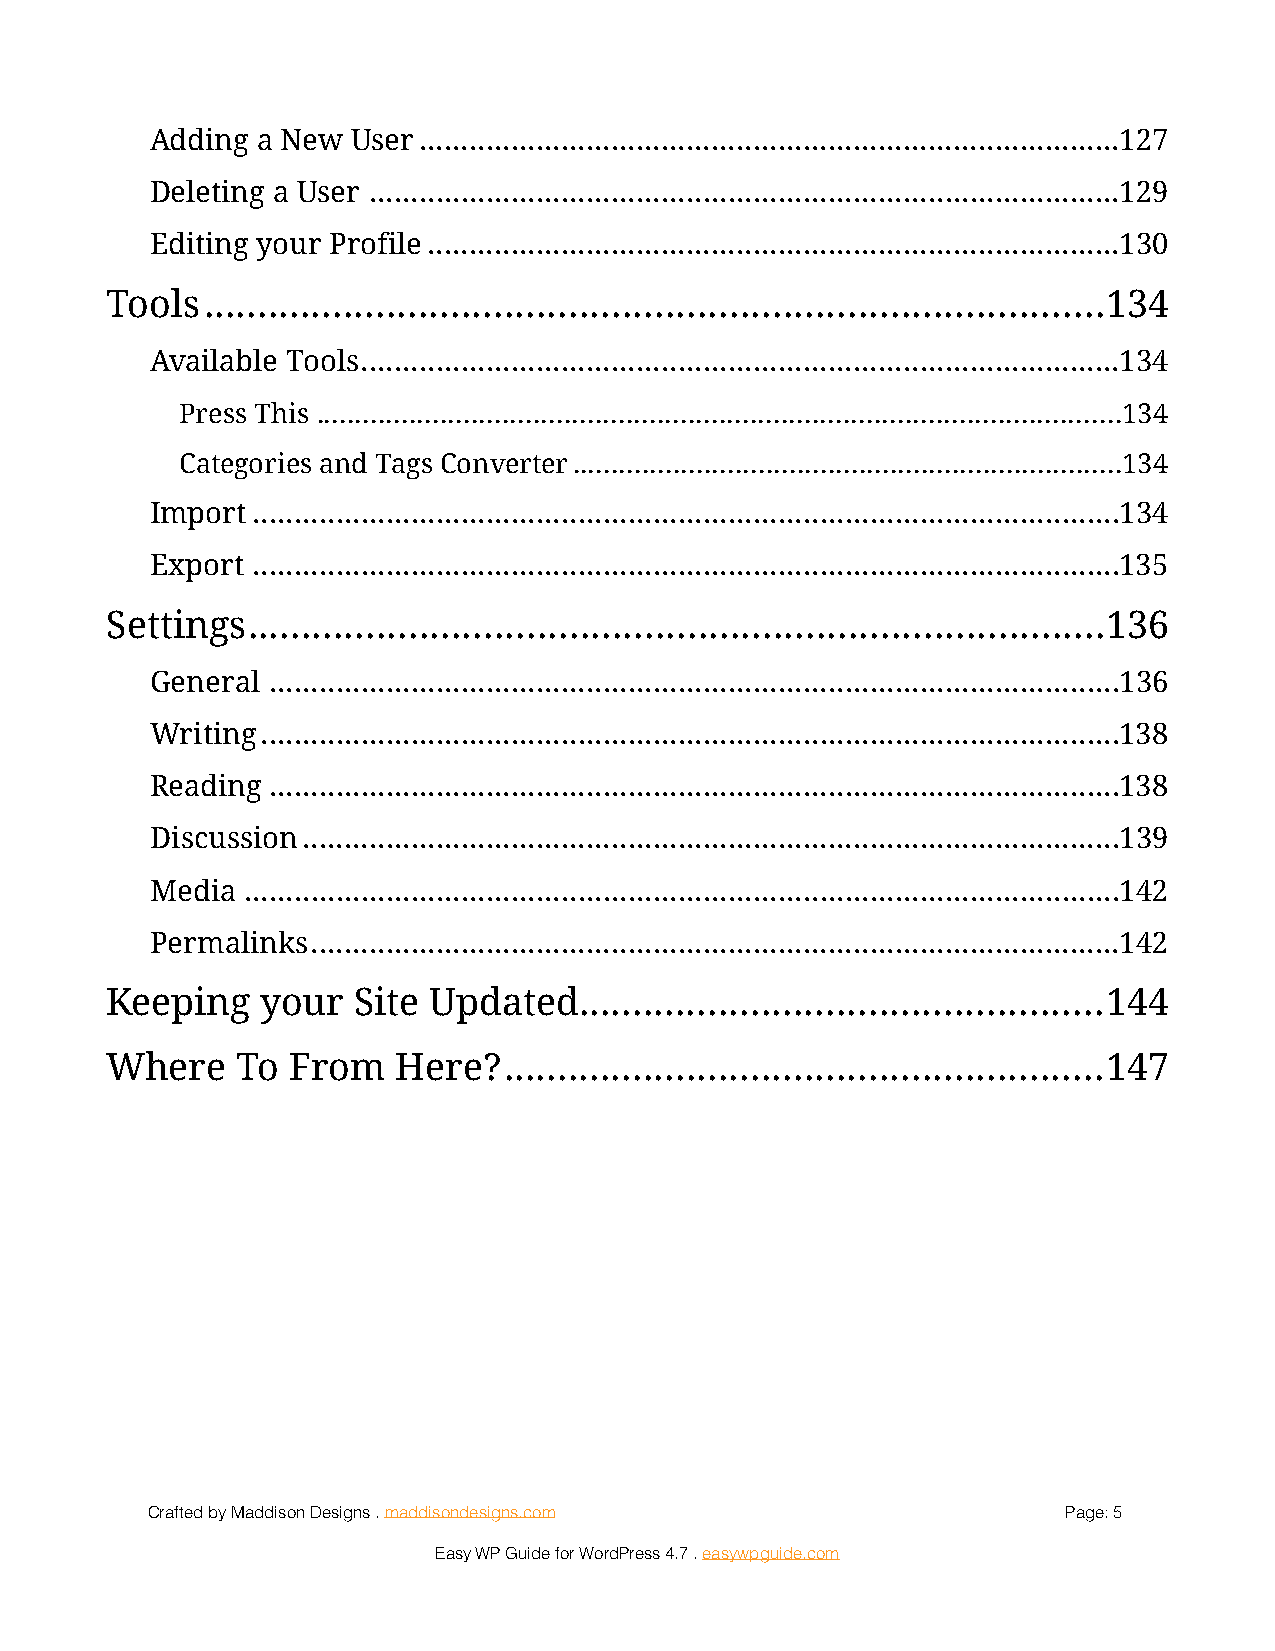
Adding a New User ....................................................................................127
 Deleting a User ..........................................................................................129
 Editing your Profile ...................................................................................130
 Tools  ....................................................................................134
 Available Tools ...........................................................................................134
 Press This ........................................................................................................134
 Categories and Tags Converter .......................................................................134
 Import ........................................................................................................134
 Export ........................................................................................................135
 Settings ................................................................................136
 General ......................................................................................................136
 Writing .......................................................................................................138
 Reading ......................................................................................................138
 Discussion ..................................................................................................139
 Media .........................................................................................................142
 Permalinks .................................................................................................142
 Keeping   your  Site Updated.   ................................................144
 Where    To From   Here?  ........................................................147
 Crafted by Maddison Designs . maddisondesigns.com            Page: 5
 Easy WP Guide for WordPress 4.7 . easywpguide.com